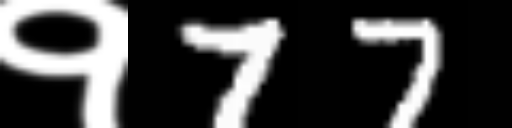
Text: १77